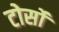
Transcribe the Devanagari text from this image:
टोर्सो